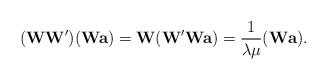
LaTeX: \begin{align*}(\textbf{WW}')(\textbf{Wa})=\textbf{W}(\textbf{W}'\textbf{Wa})=\frac{1}{\lambda\mu} (\textbf{W}\textbf{a}).\end{align*}